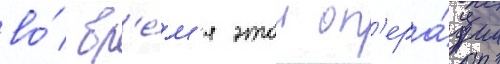
во́ вр'е́м'я этои оп'ера́ции